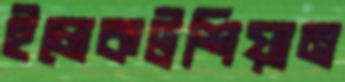
ইলেকট্রশিয়ান